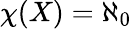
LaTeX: \chi(X)=\aleph_{0}